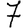
Digit: 7